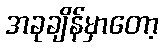
အခုချိန်မှာတော့